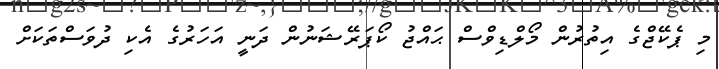
މި ޕެކޭޖްގެ އިތުރުން މޯލްޑިވްސް ޙައްޖު ކޯޕަރޭޝަނުން ދަނީ އަހަރުގެ އެކި ދުވަސްތަކަށް